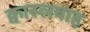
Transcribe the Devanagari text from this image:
क्वास्लवाह